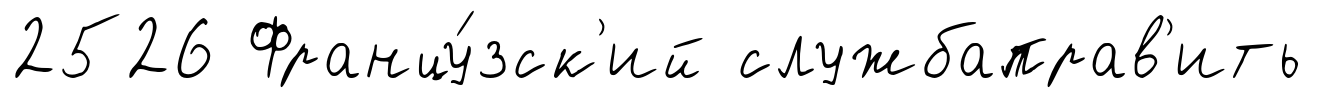
2526 Францу́зск'ий службаправ'ить